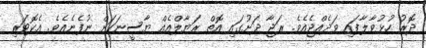
ދޮރު ހުޅުވާލާފައި ވަދެއްޖެއެވެ. ރަޖާ ދަށުގައި އޮތް ރަޔާލްއެއް ޔާސީނަކަށް ނުފެނެއެވެ. އެކޮޓަރި